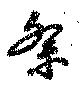
紊